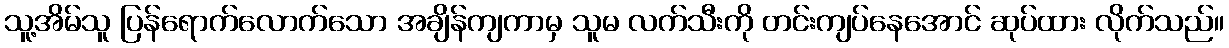
သူ့အိမ်သူ ပြန်ရောက်လောက်သော အချိန်ကျကာမှ သူမ လက်သီးကို တင်းကျပ်နေအောင် ဆုပ်ထား လိုက်သည်။